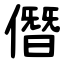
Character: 僭